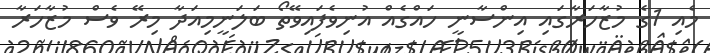
މެއި 1ގެ މުޒާހަރާގައި އިންސާނީ ހައްގެއް އުނިވެފައިވޭތޯ ބަލަނީމިއަދާ މިރޭ ވެސް މުޒާހަރާ